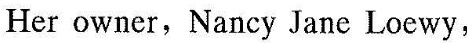
Her cwncr, Nansy Jane Iaewy,